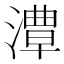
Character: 𱨯